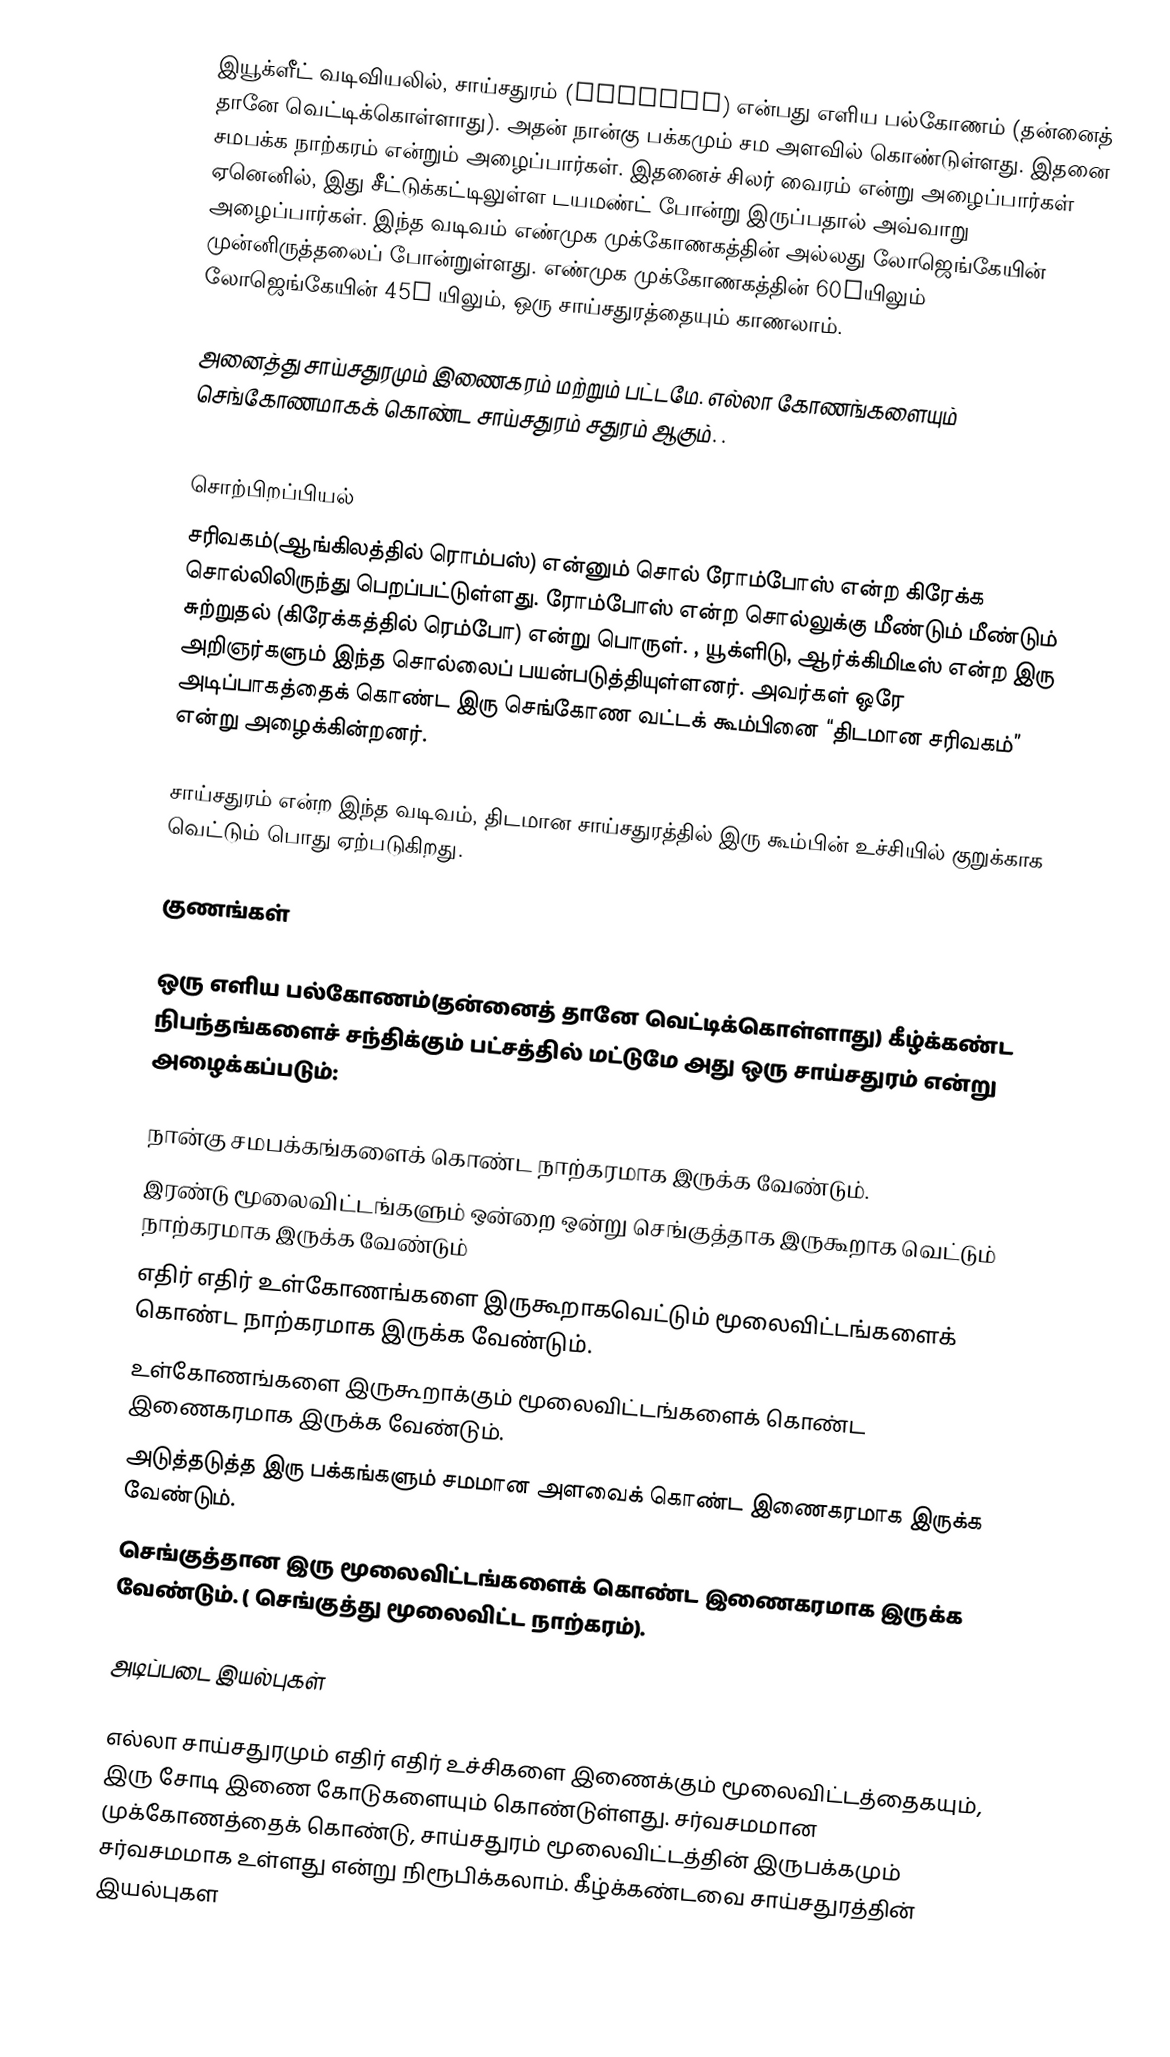
இயூக்ளீட் வடிவியலில், சாய்சதுரம் (rhombus) என்பது எளிய பல்கோணம் (தன்னைத் தானே வெட்டிக்கொள்ளாது). அதன் நான்கு பக்கமும் சம அளவில் கொண்டுள்ளது. இதனை சமபக்க நாற்கரம் என்றும் அழைப்பார்கள். இதனைச் சிலர் வைரம் என்று அழைப்பார்கள் ஏனெனில், இது சீட்டுக்கட்டிலுள்ள டயமண்ட் போன்று இருப்பதால் அவ்வாறு அழைப்பார்கள். இந்த வடிவம் எண்முக முக்கோணகத்தின் அல்லது லோஜெங்கேயின் முன்னிருத்தலைப் போன்றுள்ளது. எண்முக முக்கோணகத்தின் 60°யிலும் லோஜெங்கேயின் 45° யிலும், ஒரு சாய்சதுரத்தையும் காணலாம்.

அனைத்து சாய்சதுரமும் இணைகரம் மற்றும் பட்டமே. எல்லா கோணங்களையும் செங்கோணமாகக் கொண்ட சாய்சதுரம் சதுரம் ஆகும். .

சொற்பிறப்பியல்
சரிவகம்(ஆங்கிலத்தில் ரொம்பஸ்) என்னும் சொல் ரோம்போஸ் என்ற கிரேக்க சொல்லிலிருந்து பெறப்பட்டுள்ளது.  ரோம்போஸ் என்ற சொல்லுக்கு மீண்டும் மீண்டும் சுற்றுதல் (கிரேக்கத்தில் ரெம்போ) என்று பொருள். ,  யூக்ளிடு, ஆர்க்கிமிடீஸ் என்ற இரு அறிஞர்களும் இந்த சொல்லைப் பயன்படுத்தியுள்ளனர். அவர்கள் ஒரே அடிப்பாகத்தைக் கொண்ட இரு செங்கோண வட்டக் கூம்பினை “திடமான சரிவகம்” என்று அழைக்கின்றனர்.

சாய்சதுரம் என்ற இந்த வடிவம், திடமான சாய்சதுரத்தில் இரு கூம்பின் உச்சியில் குறுக்காக வெட்டும் பொது ஏற்படுகிறது.

குணங்கள்

ஒரு எளிய பல்கோணம்(தன்னைத் தானே வெட்டிக்கொள்ளாது) கீழ்க்கண்ட நிபந்தங்களைச் சந்திக்கும் பட்சத்தில் மட்டுமே அது ஒரு சாய்சதுரம் என்று அழைக்கப்படும்:

நான்கு சமபக்கங்களைக் கொண்ட நாற்கரமாக இருக்க வேண்டும்.
இரண்டு மூலைவிட்டங்களும் ஒன்றை ஒன்று செங்குத்தாக இருகூறாக வெட்டும் நாற்கரமாக இருக்க வேண்டும்
எதிர் எதிர் உள்கோணங்களை இருகூறாகவெட்டும் மூலைவிட்டங்களைக் கொண்ட நாற்கரமாக இருக்க வேண்டும்.
உள்கோணங்களை இருகூறாக்கும் மூலைவிட்டங்களைக் கொண்ட இணைகரமாக இருக்க வேண்டும்.
அடுத்தடுத்த இரு பக்கங்களும் சமமான அளவைக் கொண்ட இணைகரமாக இருக்க வேண்டும்.
செங்குத்தான இரு மூலைவிட்டங்களைக் கொண்ட இணைகரமாக இருக்க வேண்டும். ( செங்குத்து மூலைவிட்ட நாற்கரம்).

அடிப்படை இயல்புகள்

எல்லா சாய்சதுரமும் எதிர் எதிர் உச்சிகளை இணைக்கும் மூலைவிட்டத்தைகயும், இரு சோடி இணை கோடுகளையும் கொண்டுள்ளது. சர்வசமமான முக்கோணத்தைக் கொண்டு, சாய்சதுரம் மூலைவிட்டத்தின் இருபக்கமும் சர்வசமமாக உள்ளது என்று நிரூபிக்கலாம். கீழ்க்கண்டவை சாய்சதுரத்தின் இயல்புகள